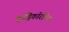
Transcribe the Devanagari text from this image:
क्वॉड्रिकॉरनिस